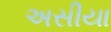
અસીયા